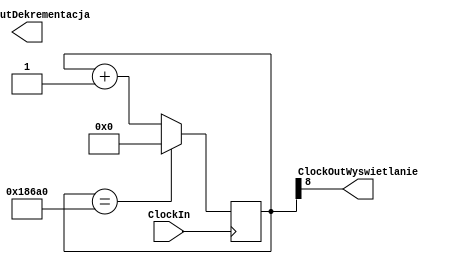
module DzielnikClk(
    input ClockIn,
    output  ClockOutWyswietlanie,
	 output  ClockOutDekrementacja
    );

reg [16:0] wybor;

initial
wybor = 17'b00000000000000000;

always@(posedge ClockIn)
begin
		
		if(wybor == 17'b11000011010100000) begin
		wybor <= 17'b00000000000000000;
		end else begin
		wybor<=wybor+1;
		end
		end
assign ClockOutDenrementacja=wybor[15];
assign ClockOutWyswietlanie=wybor[8]; 
endmodule